Indian journal of veterinary science and animal husbandry - Volume 2,
Year: 1932
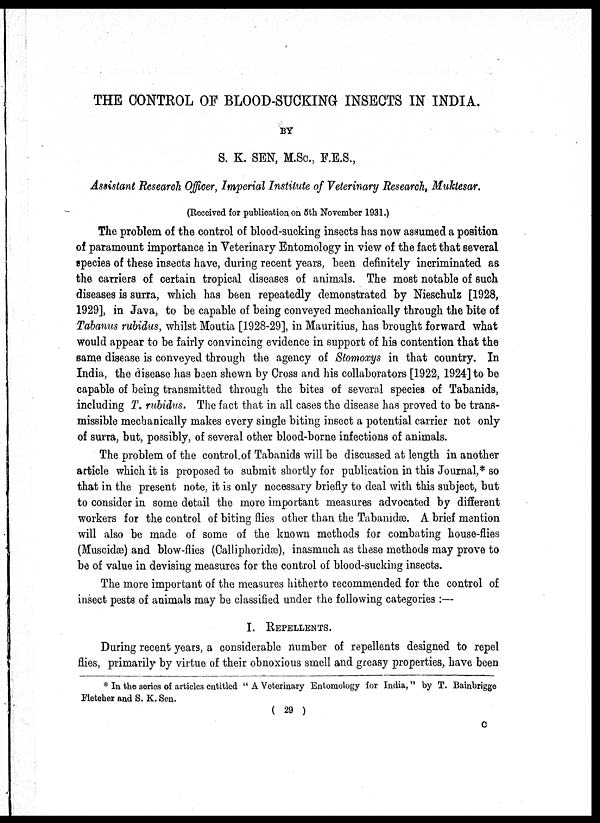
THE CONTROL OF BLOOD-SUCKING INSECTS IN INDIA.
BY
S. K. SEN, M.Sc., F.E.S.,
Assistant Research Officer, Imperial Institute of Veterinary Research, Muktesar.
(Received for publication on 5th November 1931.)
The problem of the control of blood-sucking insects has now assumed a position
of paramount importance in Veterinary Entomology in view of the fact that several
species of these insects have, during recent years, been definitely incriminated as
the carriers of certain tropical diseases of animals. The most notable of such
diseases is surra, which has been repeatedly demonstrated by Nieschulz [1928,
1929], in Java, to be capable of being conveyed mechanically through the bite of
Tabanus rubidus, whilst Moutia [1928-29], in Mauritius, has brought forward what
would appear to be fairly convincing evidence in support of his contention that the
same disease is conveyed through the agency of Stomoxys in that country. In
India, the disease has been shewn by Cross and his collaborators [1922, 1924] to be
capable of being transmitted through the bites of several species of Tabanids,
including T. rubidus. The fact that in all cases the disease has proved to be trans-
missible mechanically makes every single biting insect a potential carrier not only
of surra, but, possibly, of several other blood-borne infections of animals.
The problem of the control of Tabanids will be discussed at length in another
article which it is proposed to submit shortly for publication in this Journal,* so
that in the present note, it is only necessary briefly to deal with this subject, but
to consider in some detail the more important measures advocated by different
workers for the control of biting flies other than the Tabanidæ. A brief mention
will also be made of some of the known methods for combating house-flies
(Muscidæ) and blow-flies (Calliphoridæ), inasmuch as these methods may prove to
be of value in devising measures for the control of blood-sucking insects.
The more important of the measures hitherto recommended for the control of
insect pests of animals may be classified under the following categories :—
I. REPELLENTS.
During recent years, a considerable number of repellents designed to repel
flies, primarily by virtue of their obnoxious smell and greasy properties, have been.
* In the series of articles entitled " A Veterinary Entomology for India," by T. Bainbrigge
Fletcher and S. K. Sen.
( 29 )
C